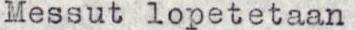
Messut lopetetaan